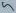
Text: 5